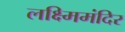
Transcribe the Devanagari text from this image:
लक्ष्मिमंदिर